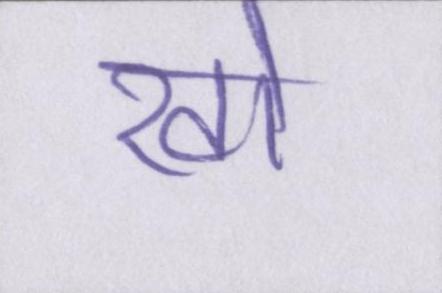
खो